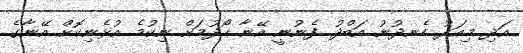
އަދި މިއަދު ހެނދުނު އަބްދު ފެނުނީ އޭނާ ހޯދުމަށް ނިކުމެ އުޅެނިކޮށް އޭނާގެ